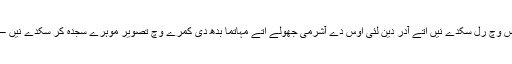
رنپوچے نے آکھیا کہ لوکیں کسے دے درس وچ رل سکدے نیں اتے آدر دین لئی اوس دے آشرمی جھولے اتے مہاتما بدھ دی کمرے وچ تصویر موہرے سجدہ کر سکدے نیں – پر اوس گورو دا چیلا بن جانا ہور گل اے۔